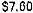
$7.60